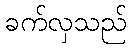
ခက်လှသည်